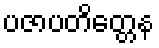
ပဇာပတိတ္တေန